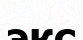
экс